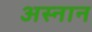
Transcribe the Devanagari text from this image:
अस्नान